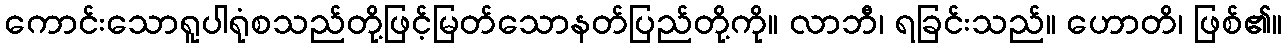
ကောင်းသောရူပါရုံစသည်တို့ဖြင့်မြတ်သောနတ်ပြည်တို့ကို။ လာဘီ၊ ရခြင်းသည်။ ဟောတိ၊ ဖြစ်၏။